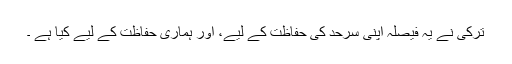
ترکی نے یہ فیصلہ اپنی سرحد کی حفاظت کے لیے، اور ہماری حفاظت کے لیے کیا ہے ۔